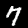
Label: 7